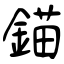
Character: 錨